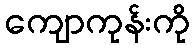
ကျောကုန်းကို